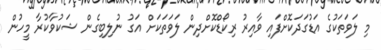
މި ލަވަތަކުގެ އަޑުގަދަކޮށްފައި ވާއިރު ރިކޯޑްކޮށްދިން ލަވަތަކަށް އަގު ނުލިބިގެން ޝަކުވާކުރާ މީހުން